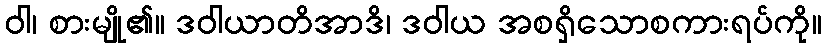
ဝါ၊ စားမျို၏။ ဒဝါယာတိအာဒိ၊ ဒဝါယ အစရှိသောစကားရပ်ကို။